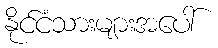
နိုင်ငံသားများအပေါ်